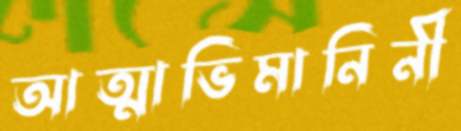
আত্মাভিমানিনী